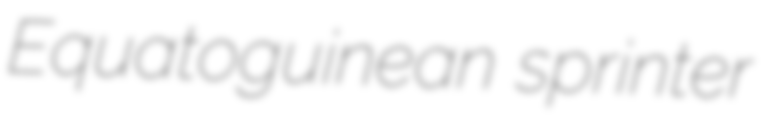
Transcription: Equatoguinean sprinter